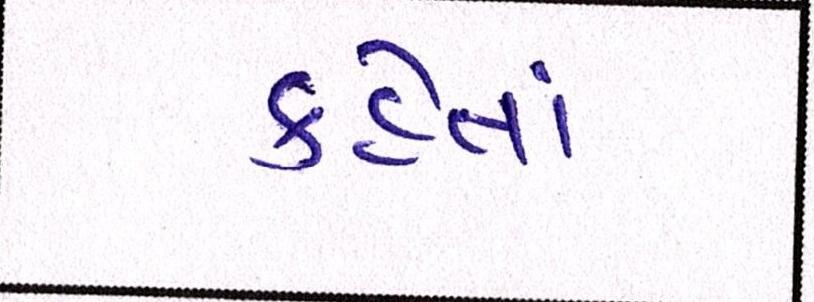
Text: કહેતાં